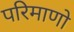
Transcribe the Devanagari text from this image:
परिमाणो